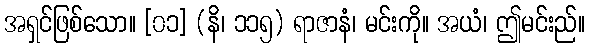
အရှင်ဖြစ်သော။ [၀၁] (နိ၊ ၁၁၅) ရာဇာနံ၊ မင်းကို။ အယံ၊ ဤမင်းည်။